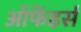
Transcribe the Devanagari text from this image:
ऑफेंडर्स